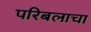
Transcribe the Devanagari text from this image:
परिबलाचा